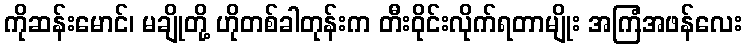
ကိုဆန်းမောင်၊ မချိုတို့ ဟိုတစ်ခါတုန်းက တီးဝိုင်းလိုက်ရတာမျိုး အကြံအဖန်လေး